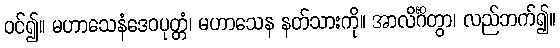
ဝင်၍။ မဟာသေနံဒေဝပုတ္တံ၊ မဟာသေန နတ်သားကို။ အာလိင်္ဂိတွာ၊ လည်ဘက်၍။